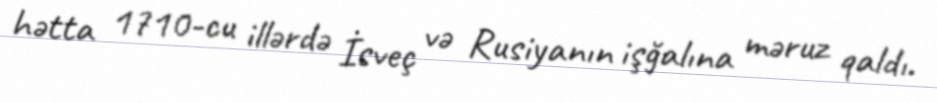
hətta 1710-cu illərdə İsveç və Rusiyanın işğalına məruz qaldı.